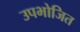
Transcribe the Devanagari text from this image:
उपभोजित